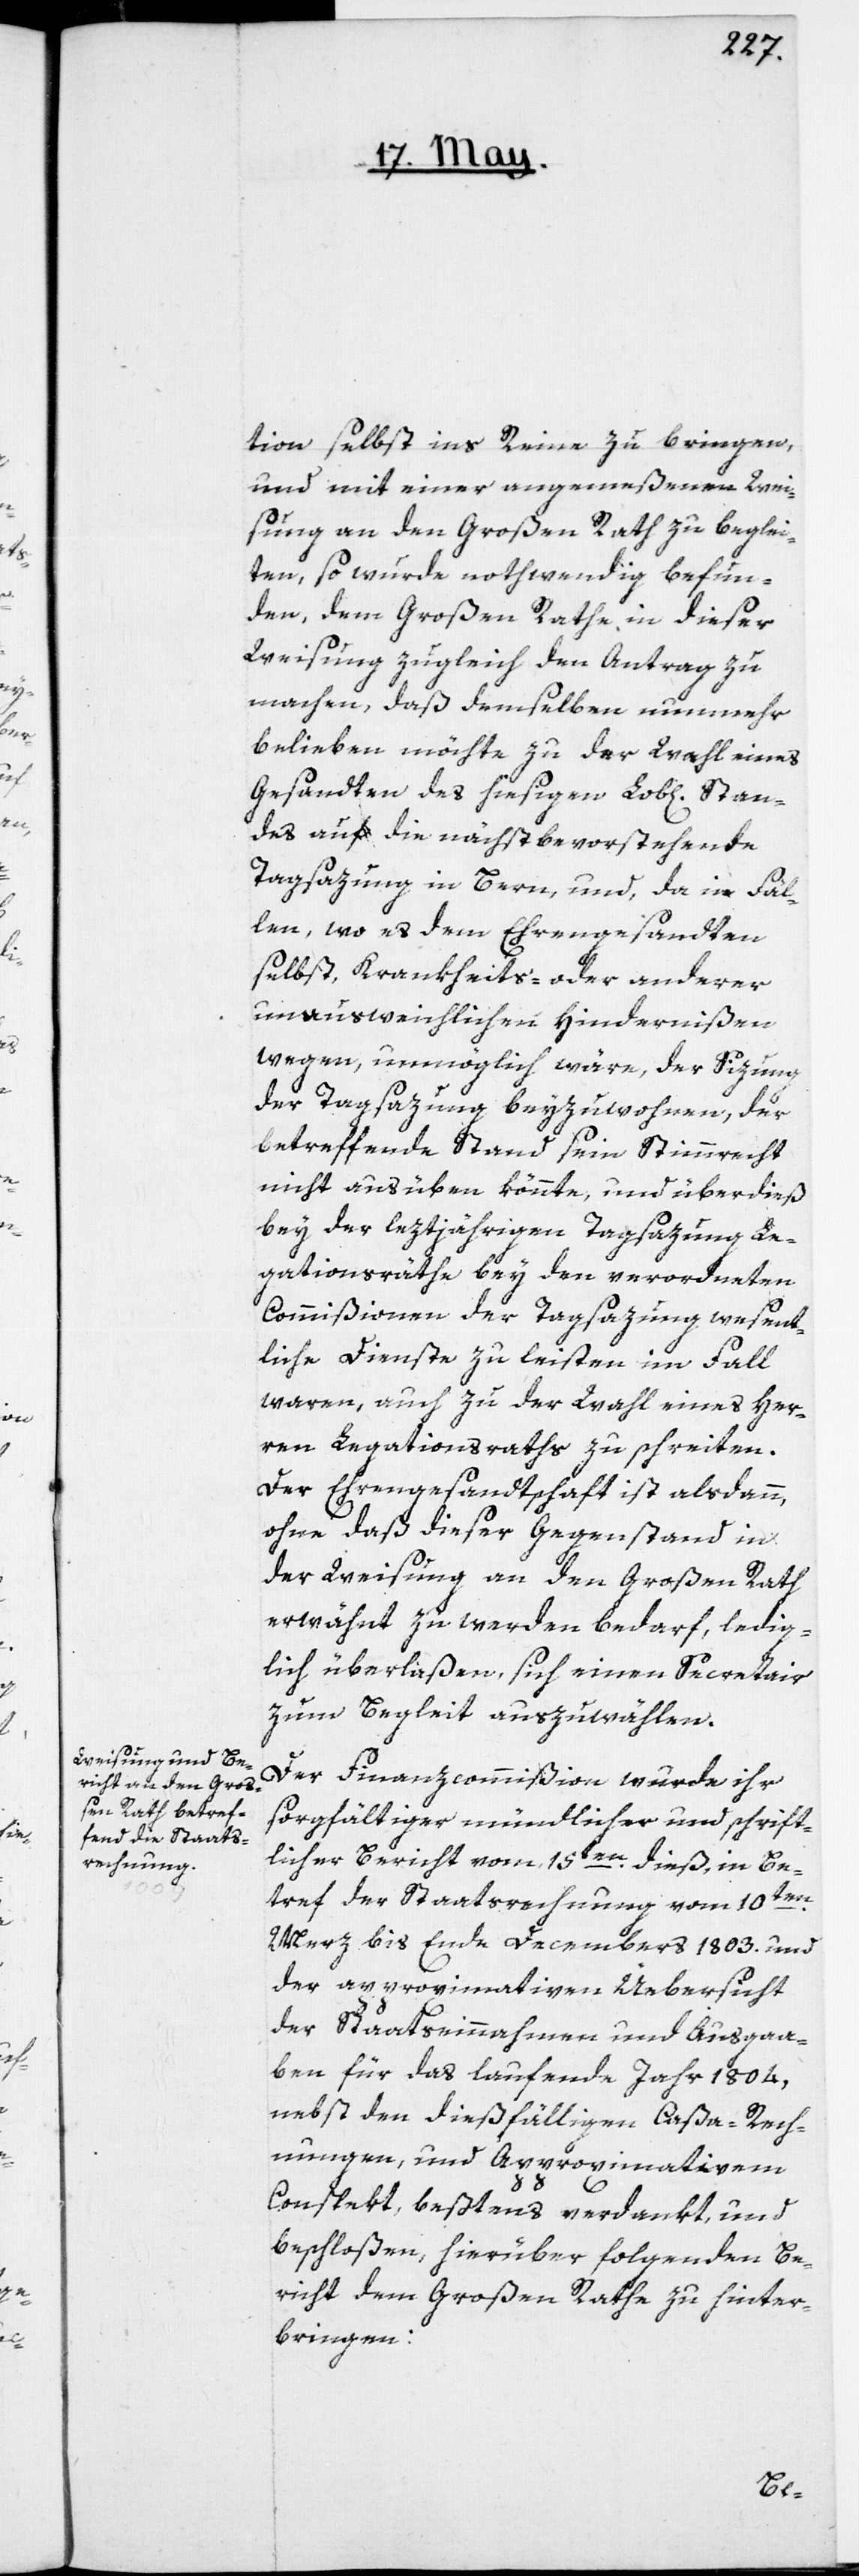
tion selbst ins Reine zu bringen,
und mit einer angemeßenen Wei¬
sung an den Großen Rath zu beglei¬
ten, so wurde nothwendig befun¬
den, dem Großen Rathe in dieser
Weisung zugleich den Antrag zu
machen, daß demselben nunmehr
belieben möchte zu der Wahl eines
Gesandten des hiesigen Lob[lichen]
des auf die nächstbevorstehende
Tagsazung in Bern, und, da in Fäl¬
len, wo es dem Ehrengesandten
selbst, Krankheits- oder anderer
unausweichlichen Hindernißen
wegen, unmöglich wäre, der Sizung
der Tagsazung beyzuwohnen, der
betreffende Stand sein Stimmrecht
nicht ausüben könnte, und überdieß
bey der leztjährigen Tagsazung Le¬
gationsräthe bey den verordneten
Commißionen der Tagsazung wesent¬
liche Dienste zu leisten im Fall
waren, auch zu der Wahl eines Her¬
ren Legationsraths zu schreiten.
Der Ehrengesandtschaft ist alsdann,
ohne daß dieser Gegenstand in
der Weisung an den Großen Rath
erwähnt zu werden bedarf, ledig¬
lich überlaßen, sich einen Secretair
zum Begleit auszuwählen.
Der Finanzcommißion wurde ihr
sorgfältiger mündlicher und schrift¬
licher Bericht vom 15ten dieß, in Be¬
tref der Staatsrechnung vom 10ten
Merz bis Ende Decembers 1803. und
der approximativen Üebersicht
der Staatseinnahmen und Ausgaa¬
ben für das laufende Jahr 1804,
nebst den dießfälligen Caßa-Rech¬
nungen, und Approximativem
Conspekt, beßtens verdankt, und
beschloßen, hierüber folgenden Be¬
richt dem Großen Rathe hinter¬
bringen:
Stan¬